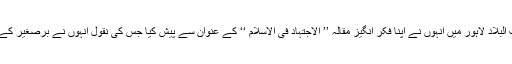
اسی تناظر میں 13 دسمبر 1924ء کو قطب البلاد لاہور میں انہوں نے اپنا فکر انگیز مقالہ ’’ الاجتہاد فی الاسلام ‘‘ کے عنوان سے پیش کیا جس کی نقول انہوں نے برصغیر کے مختلف اہل دانش کی خدمت میں ارسال کیں۔